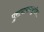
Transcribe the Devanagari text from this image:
पुरापाषाणयुगीन